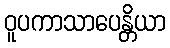
ဝူပကာသာပေန္တိယာ